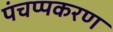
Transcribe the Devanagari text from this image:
पंचप्पकरण